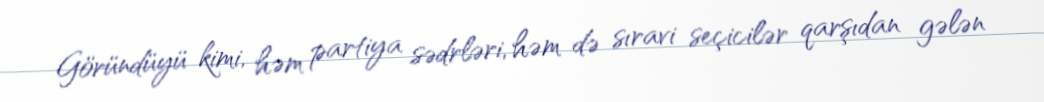
Göründüyü kimi, həm partiya sədrləri, həm də sıravi seçicilər qarşıdan gələn